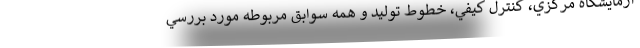
آزمايشگاه مركزي، كنترل كيفي، خطوط توليد و همه سوابق مربوطه مورد بررسي